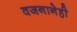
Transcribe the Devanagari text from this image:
वजनानेही